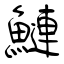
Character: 鰱